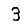
Digit: 3